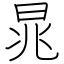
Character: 晁